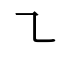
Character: ㇍